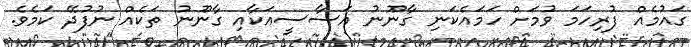
ގައުމެއް ފުރިހަމަ ވުމަށް ހަމައެކަނި ގާނޫނު އަސާސީއަކާއި ގާނޫނު ތަކެއް ނުފުދޭ ކަމެވެ.